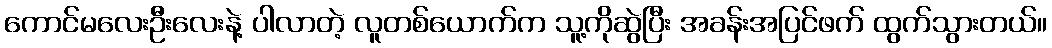
ကောင်မလေးဦးလေးနဲ့ ပါလာတဲ့ လူတစ်ယောက်က သူ့ကိုဆွဲပြီး အခန်းအပြင်ဖက် ထွက်သွားတယ်။